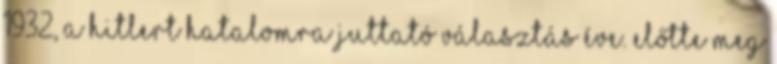
1932, a Hitlert hatalomra juttató választás éve. Előtte meg